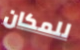
للمكان